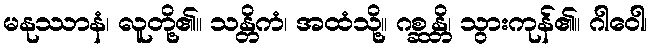
မနုဿာနံ၊ လူတို့၏။ သန္တိကံ၊ အထံသို့။ ဂစ္ဆန္တိ၊ သွားကုန်၏။ ဂါဝေါ၊